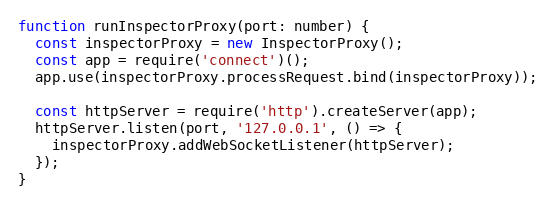
Language: JavaScript
function runInspectorProxy(port: number) {
  const inspectorProxy = new InspectorProxy();
  const app = require('connect')();
  app.use(inspectorProxy.processRequest.bind(inspectorProxy));

  const httpServer = require('http').createServer(app);
  httpServer.listen(port, '127.0.0.1', () => {
    inspectorProxy.addWebSocketListener(httpServer);
  });
}